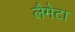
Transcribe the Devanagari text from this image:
लैमेटा